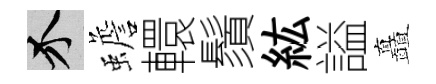
介蟾轘鬚紘謚矗